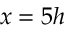
x = 5 h